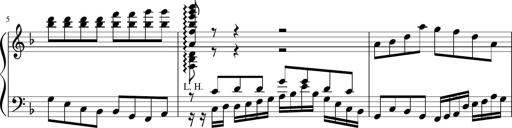
Title: Sonatina in F major
Composer: Ethan Ngo
Key: F major